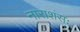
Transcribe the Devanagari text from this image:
नाराशंसः